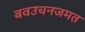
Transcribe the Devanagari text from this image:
बवउचनजमत